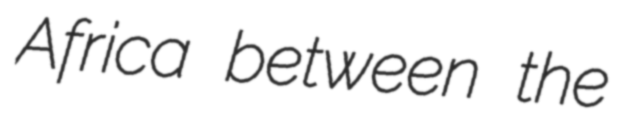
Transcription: Africa between the